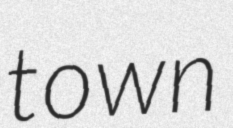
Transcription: town